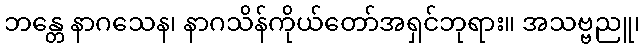
ဘန္တေ နာဂသေန၊ နာဂသိန်ကိုယ်တော်အရှင်ဘုရား။ အသဗ္ဗညူ၊